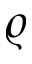
\varrho